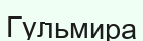
Гульмира